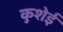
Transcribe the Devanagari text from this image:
कुशेई